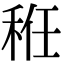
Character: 秹